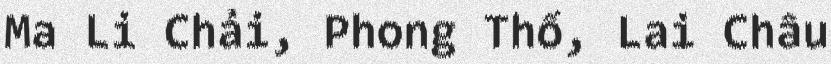
Ma Li Chải, Phong Thổ, Lai Châu